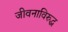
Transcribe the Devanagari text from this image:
जीवनाविरुद्ध